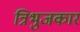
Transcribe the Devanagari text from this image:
त्रिभुजकार